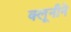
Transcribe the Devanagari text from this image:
क्लूनीने